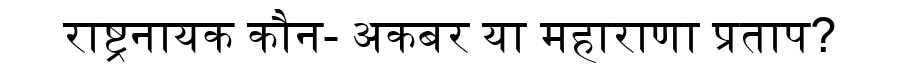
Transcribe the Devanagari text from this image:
राष्ट्रनायक कौन- अकबर या महाराणा प्रताप?